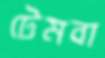
টেমবা